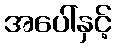
အပေါ်နှင့်